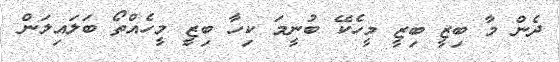
ދެން މާ ބިޒީ ބިޒީ މީހެކޭ ބުނީމަ ކިހާ ބިޒީ މީހެއްތޯ ބަލައިލަން